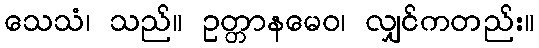
သေသံ၊ သည်။ ဥတ္တာနမေဝ၊ လျှင်ကတည်း။